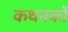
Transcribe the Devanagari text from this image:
कथनकों